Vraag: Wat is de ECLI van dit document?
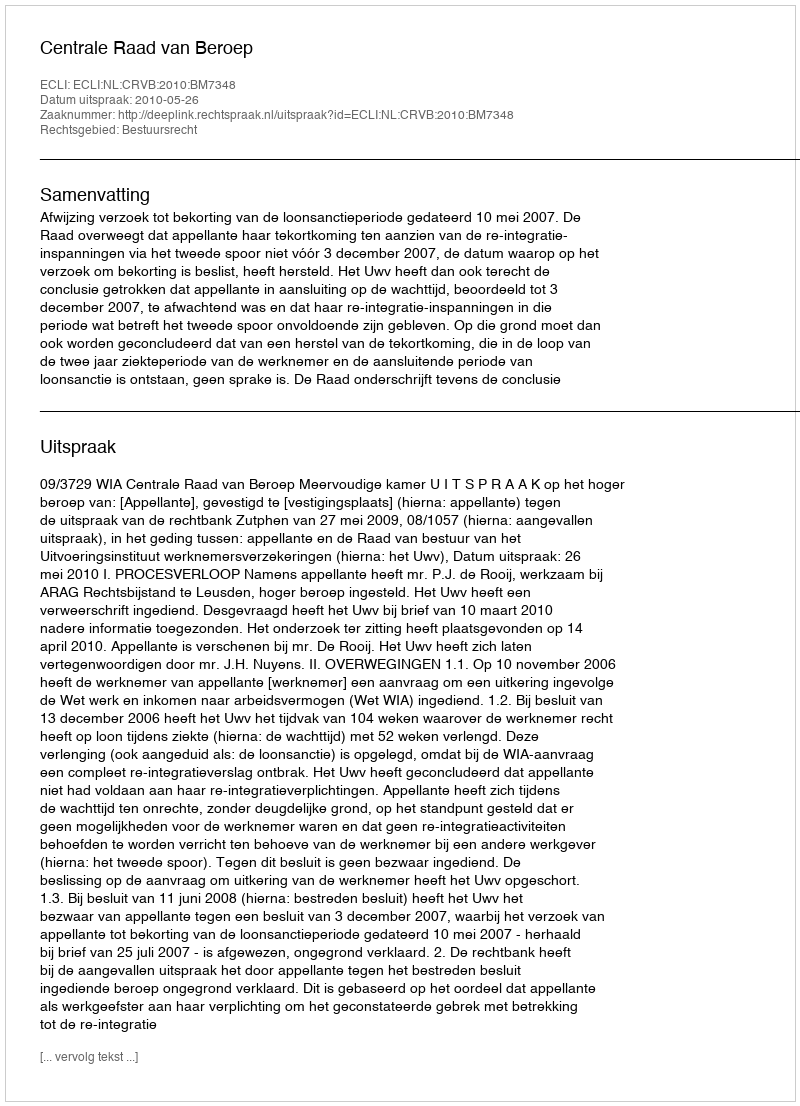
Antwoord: ECLI:NL:CRVB:2010:BM7348